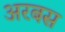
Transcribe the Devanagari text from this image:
अरबस